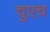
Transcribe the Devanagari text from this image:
चुएच